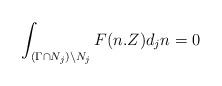
LaTeX: \begin{align*} \int_{(\Gamma\cap N_j)\backslash N_j} F(n.Z) d_jn = 0\end{align*}